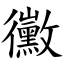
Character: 黴